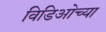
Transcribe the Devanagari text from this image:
विडिओच्या